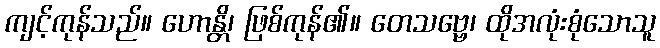
ကျင့်ကုန်သည်။ ဟောန္တိ၊ ဖြစ်ကုန်၏။ တေသဗ္ဗေ၊ ထိုအလုံးစုံသောသူ